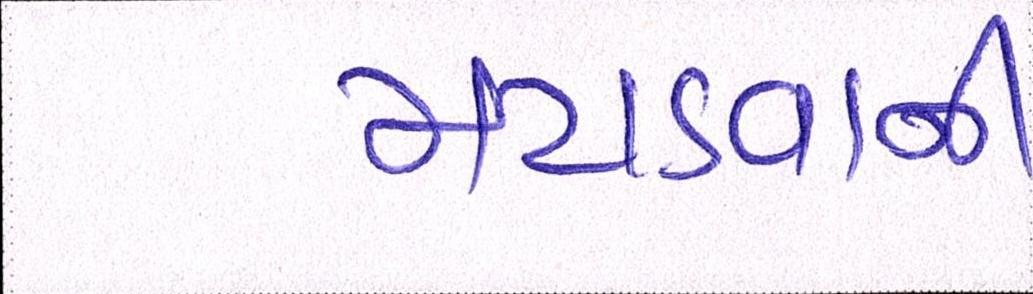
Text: મટાડવાની